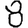
Digit: 8